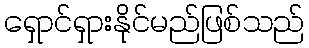
ရှောင်ရှားနိုင်မည်ဖြစ်သည်